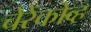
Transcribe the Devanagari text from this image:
चेरेंकोव्ह